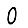
Digit: 0